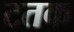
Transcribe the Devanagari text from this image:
टतक